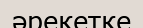
әрекетке